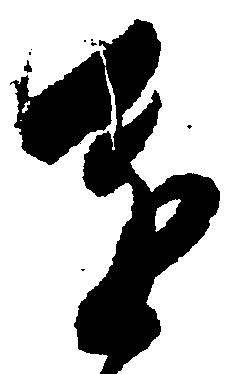
進